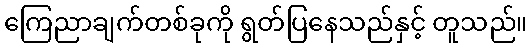
ကြေညာချက်တစ်ခုကို ရွတ်ပြနေသည်နှင့် တူသည်။